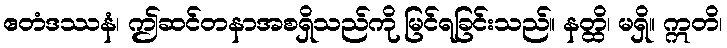
ဧတံဒဿနံ၊ ဤဆင်တနာအစရှိသည်ကို မြင်ရခြင်းသည်။ နတ္ထိ၊ မရှိ။ ဣတိ၊